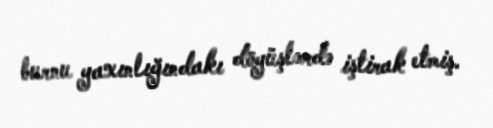
burnu yaxınlığındakı döyüşlərdə iştirak etmiş.